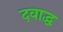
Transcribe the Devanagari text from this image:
दवाद्ध